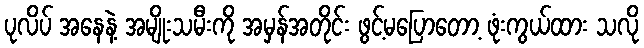
ပုလိပ် အနေနဲ့ အမျိုးသမီးကို အမှန်အတိုင်း ဖွင့်မပြောတော့ ဖုံးကွယ်ထား သလို